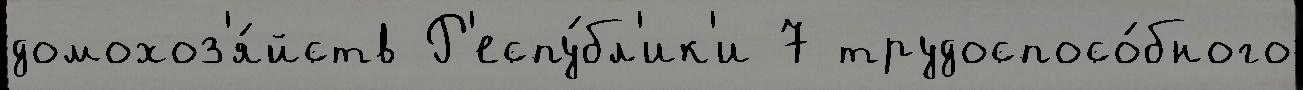
домохоз'я́йств Р'еспу́бл'ик'и 7 трудоспосо́бного